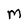
Character: M